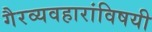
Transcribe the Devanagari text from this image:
गैरव्यवहारांविषयी